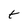
Character: t